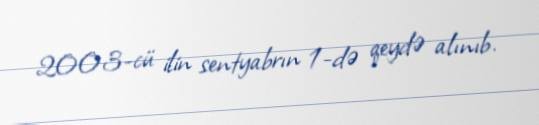
2003-cü ilin sentyabrın 1-də qeydə alınıb.